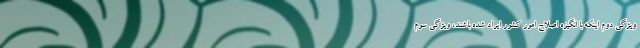
ویژگی دوم اینکه با انگیزه اصلاح امور کشور ایراد شده باشند، ویژگی سوم